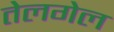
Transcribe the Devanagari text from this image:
तेलगेल